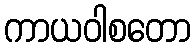
ကာယဝါစတော